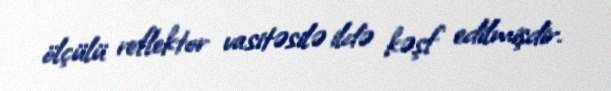
ölçülü reflektor vasitəsilə ildə kəşf edilmişdir.